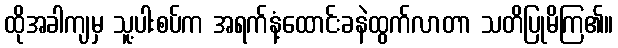
ထိုအခါကျမှ သူ့ပါးစပ်က အရက်နံ့ထောင်းခနဲထွက်လာတာ သတိပြုမိကြ၏။